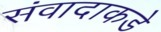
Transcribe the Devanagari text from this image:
संवादाकडे